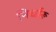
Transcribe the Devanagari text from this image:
निर्धारू